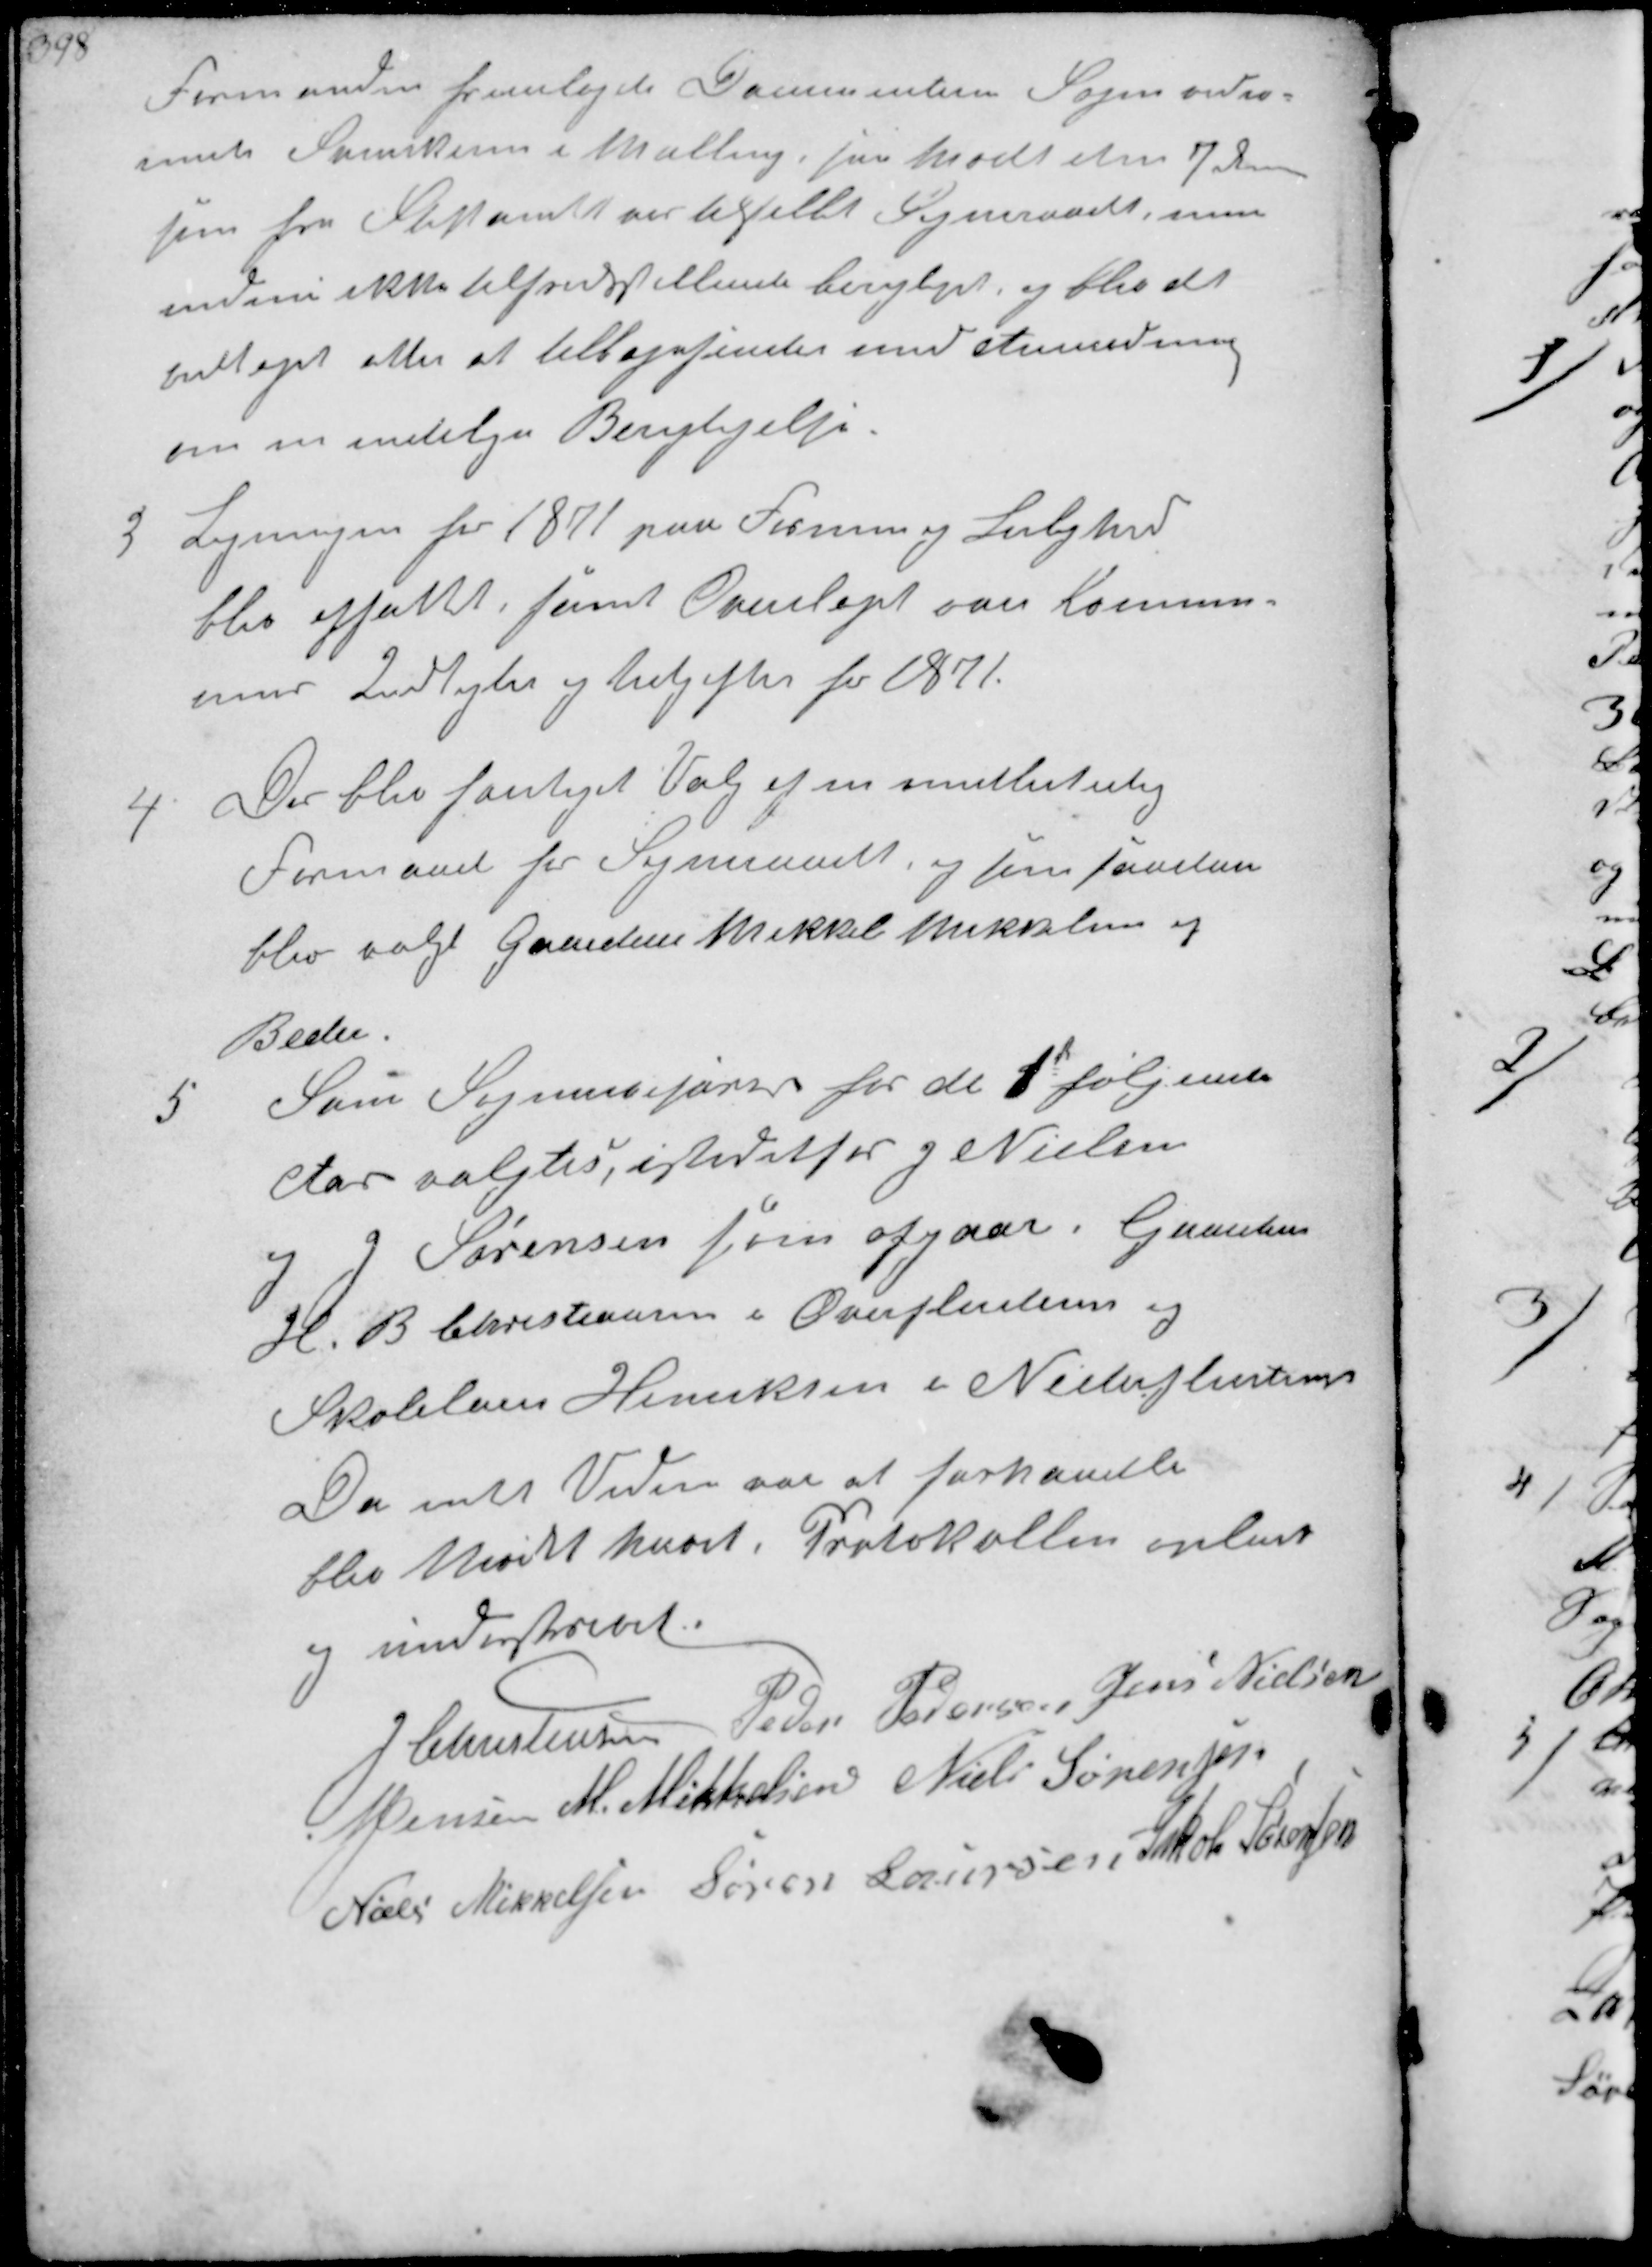
Transskription:
Formanden fremlagde    
  i Malling, saa Mødet den 7  
som fra Stiftamtet er tilstillet Sogneraadet men
endnu ikke tilfredsstillende berigtiget, og blev det
vedtaget atter at tilbagesende med Anmodning
om en endelig Berigtigelse.

3
Ligningen for 1871 paa Formue og Lejlighed
blev affattet, samt Overlaget over Kommu-
nens Indtægter og Udgifter for 1871.

4
Der blev foretaget Valg af en midlertidig
Formand for Sogneraadet, og som  
blev valgt Gaardejer Mikkel Mikkelsen af
Beder.

5
Som Sognerevisorer for de 1 følgende
Aar valgtes, istedetfor J Nielsen
og J Sørensen som afgaar i  
H B Christiansen i Overfløjstrup og
Skolelær Henriksen i Nederfløjstrup
Da intet Videre var at forhandle
blev Mødet hævet Protokollen oplæst
og underskrevet

J Christensen Peder Pedersen Jens Nielsen
N Jensen M. Mikkelsen Niels Sørensen
Niels Mikkelsen Søren Laursen Jakob Sørensen